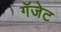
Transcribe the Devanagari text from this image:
गॅजेट